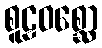
စူဠဝစ္ဆော